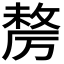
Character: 𭆓